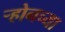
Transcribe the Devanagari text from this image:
ऱ्होनच्या